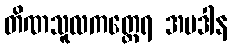
တိဏသူလကတ္ထေရ အပဒါန